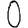
Digit: 0